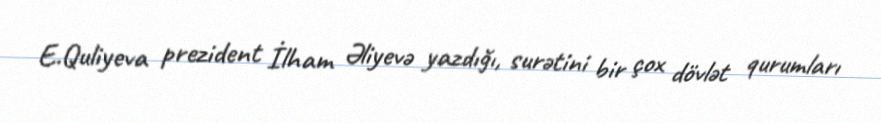
E.Quliyeva prezident İlham Əliyevə yazdığı, surətini bir çox dövlət qurumları